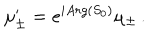
\mu _ { \pm } ^ { \prime } = e ^ { i A r g ( S _ { 0 } ) } \mu _ { \pm } \, .